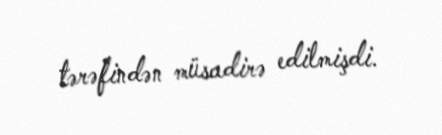
tərəfindən müsadirə edilmişdi.